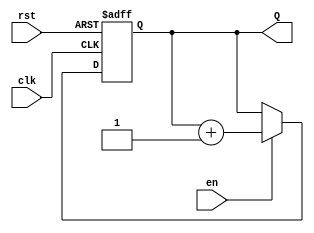
module binary_up_counter #(
    parameter N = 4  // Number of bits for the counter (default is 4 bits)
)(
    input wire clk,    // Clock signal
    input wire rst,    // Asynchronous reset signal
    input wire en,     // Enable signal
    output reg [N-1:0] Q // n-bit output representing the current count value
);

    // Always block triggered on the rising edge of the clock or when reset is activated
    always @(posedge clk or posedge rst) begin
        if (rst) begin
            // Reset the counter to 0
            Q <= 0;
        end else if (en) begin
            // Increment the counter if enabled
            Q <= Q + 1;
        end
        // If not reset and not enabled, the counter holds its value
    end

endmodule